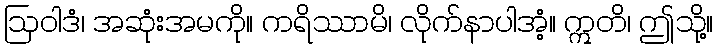
ဩဝါဒံ၊ အဆုံးအမကို။ ကရိဿာမိ၊ လိုက်နာပါအံ့။ ဣတိ၊ ဤသို့။